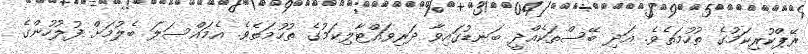
ރޭޕްކުރިކަމުގެ ތުހުމަތެވެ. އަދި ބޭސްތަކެއްދީ ބަނޑުގައިވާ ދަރިވައްޓާލިކަމުގެ ތުހުމަތެވެ. އެމައްސަލަ ބެލުމަށް ފުލުހުންގެ